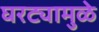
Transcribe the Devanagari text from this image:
घरट्यामुळे